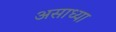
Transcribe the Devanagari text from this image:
असाध्या